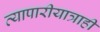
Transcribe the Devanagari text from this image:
व्यापारीयात्राही